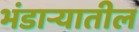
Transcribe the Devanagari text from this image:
भंडार्‍यातील